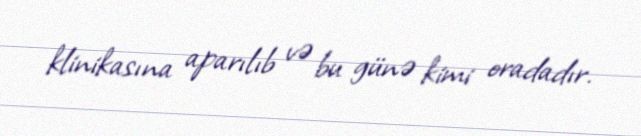
klinikasına aparılıb və bu günə kimi oradadır.